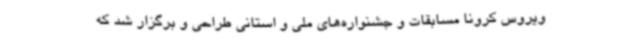
ویروس کرونا مسابقات و جشنواره‌های ملی و استانی طراحی و برگزار شد که